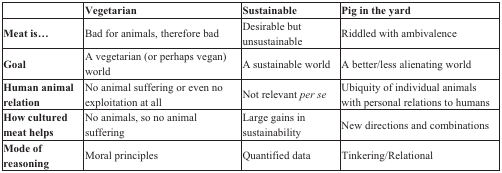
<table><thead><tr><td></td><td><b>Vegetarian </b></td><td><b>Sustainable</b></td><td><b>Pig in the yard</b></td></tr></thead><tbody><tr><td><b>Meat is... </b></td><td>Bad for animals, therefore bad</td><td>Desirable but unsustainable</td><td>Riddled with ambivalence</td></tr><tr><td><b>Goal</b></td><td>A vegetarian (or perhaps vegan) world </td><td>A sustainable world</td><td>A better/less alienating world</td></tr><tr><td><b>Human animal relation</b></td><td>No animal suffering or even no exploitation at all</td><td>Not relevant <i>per se</i></td><td>Ubiquity of individual animals with personal relations to humans</td></tr><tr><td><b>How cultured meat helps</b></td><td>No animals, so no animal suffering</td><td>Large gains in sustainability</td><td>New directions and combinations</td></tr><tr><td><b>Mode of reasoning</b></td><td>Moral principles</td><td>Quantified data</td><td>Tinkering/Relational</td></tr></tbody></table>